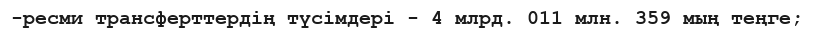
-ресми трансферттердің түсімдері - 4 млрд. 011 млн. 359 мың теңге;